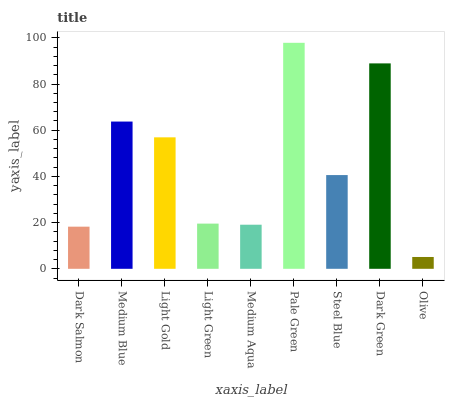
| xaxis_label | bars |
 | --- | --- |
 | Dark Salmon | 18.2 |
 | Medium Blue | 63.7 |
 | Light Gold | 56.9 |
 | Light Green | 19.6 |
 | Medium Aqua | 19.1 |
 | Pale Green | 97.8 |
 | Steel Blue | 40.6 |
 | Dark Green | 88.9 |
 | Olive | 5.12 |